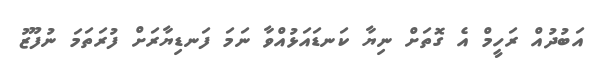
އަބުދުއް ރަހީމް އެ ގޮތަށް ނިޔާ ކަނޑައަޅުއްވާ ނަމަ ފަނޑިޔާރަށް ފުރަތަމަ ނުފޫޒު